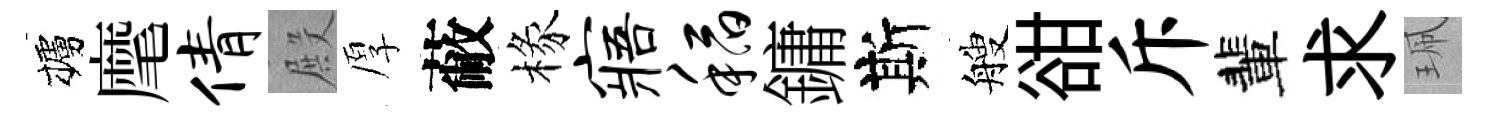
櫨麾倩殿厚蔽椽寤稻鏞斯艘𧮳斥輩求珮